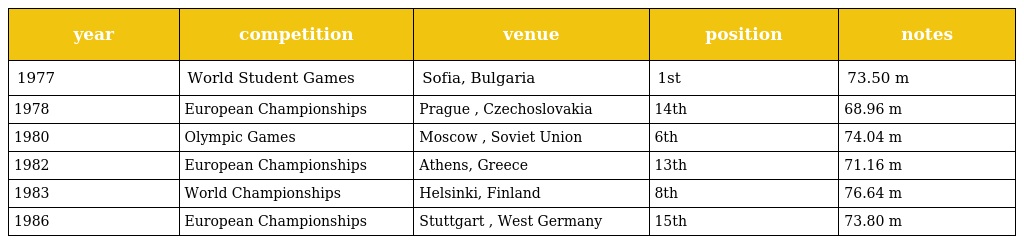
| year | competition | venue | position | notes |
 | --- | --- | --- | --- | --- |
 | 1977 | World Student Games | Sofia, Bulgaria | 1st | 73.50 m |
 | 1978 | European Championships | Prague , Czechoslovakia | 14th | 68.96 m |
 | 1980 | Olympic Games | Moscow , Soviet Union | 6th | 74.04 m |
 | 1982 | European Championships | Athens, Greece | 13th | 71.16 m |
 | 1983 | World Championships | Helsinki, Finland | 8th | 76.64 m |
 | 1986 | European Championships | Stuttgart , West Germany | 15th | 73.80 m |